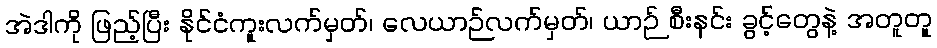
အဲဒါကို ဖြည့်ပြီး နိုင်ငံကူးလက်မှတ်၊ လေယာဉ်လက်မှတ်၊ ယာဉ် စီးနင်း ခွင့်တွေနဲ့ အတူတူ